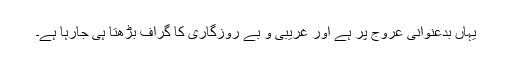
یہاں بدعنوانی عروج پر ہے اور غریبی و بے روزگاری کا گراف بڑھتا ہی جارہا ہے۔